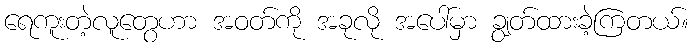
ရေကူးတဲ့လူတွေဟာ အဝတ်ကို အခုလို အပေါ်မှာ ချွတ်ထားခဲ့ကြတယ်။